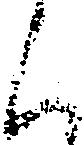
く